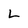
Character: L